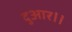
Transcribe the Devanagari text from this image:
दुआर।।